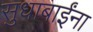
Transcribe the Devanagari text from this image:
सुधाबाईंना